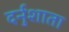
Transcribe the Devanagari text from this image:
दर्नुशाता